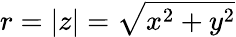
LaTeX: r=|z|={\sqrt{x^{2}+y^{2}}}